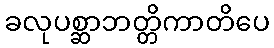
ခလုပစ္ဆာဘတ္တိကာတိပေ